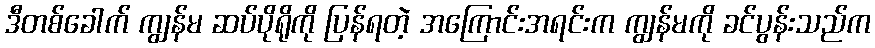
ဒီတစ်ခေါက် ကျွန်မ ဆပ်ပိုရိုကို ပြန်ရတဲ့ အကြောင်းအရင်းက ကျွန်မကို ခင်ပွန်းသည်က